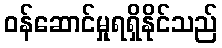
ဝန်ဆောင်မှုရရှိနိုင်သည်